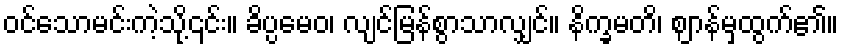
ဝင်သောမင်းကဲ့သို့၎င်း။ ခိပ္ပမေဝ၊ လျင်မြန်စွာသာလျှင်။ နိက္ခမတိ၊ ဈာန်မှထွက်၏။